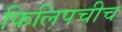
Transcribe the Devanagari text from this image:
फिलिपचीच